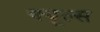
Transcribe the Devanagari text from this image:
क्‍यूल्‍स